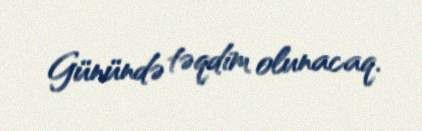
Günündə təqdim olunacaq.